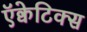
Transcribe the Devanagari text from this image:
ऍक्वेटिक्स